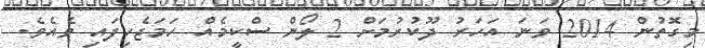
މިގޮތުން 2014 ވަނަ އަހަރު ދޫކުރުމަށް 2 ލޯން ސްކީމެއް ހަމަޖެހިފައި ވެއެވެ.